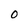
Character: 0